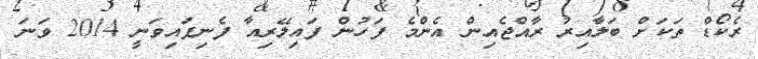
ރެކޯޑް ތަކަށް ބަލާއިރު ރާއްޖެއިން އެންމެ ފަހުން ފައިލޭރިއާ ފެނިފައިވަނީ 2014 ވަނަ